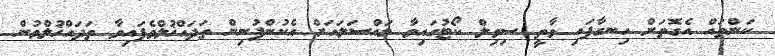
ކަންތައް އެގޮތަށް ހިނގާފައި ވާތީ ސިވިލް ކޯޓުގައިވާ މައްސަލައަށް އެކުންފުނިން ތަދައްޚުލްވެފައިވާ ތަދައްޚުލްވުން